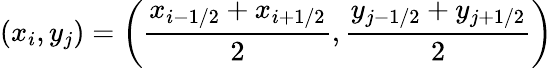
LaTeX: (x_{i},y_{j})=\left(\frac{x_{i-1/2}+x_{i+1/2}}{2},\frac{y_{j-1/2}+y_{j+1/2}}{2}\right)